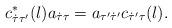
LaTeX: \begin{align*}c_{\dot{\tau} \tau'}^{*}(l) a_{\dot{\tau} \tau}=a_{\tau' \dot{\tau}'} c_{\dot{\tau}' \tau}(l).\end{align*}